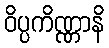
ဝိပ္ပကိဏ္ဏာနိ